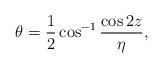
LaTeX: \begin{align*}\theta=\frac12\cos^{-1}\frac{\cos 2z}\eta,\end{align*}